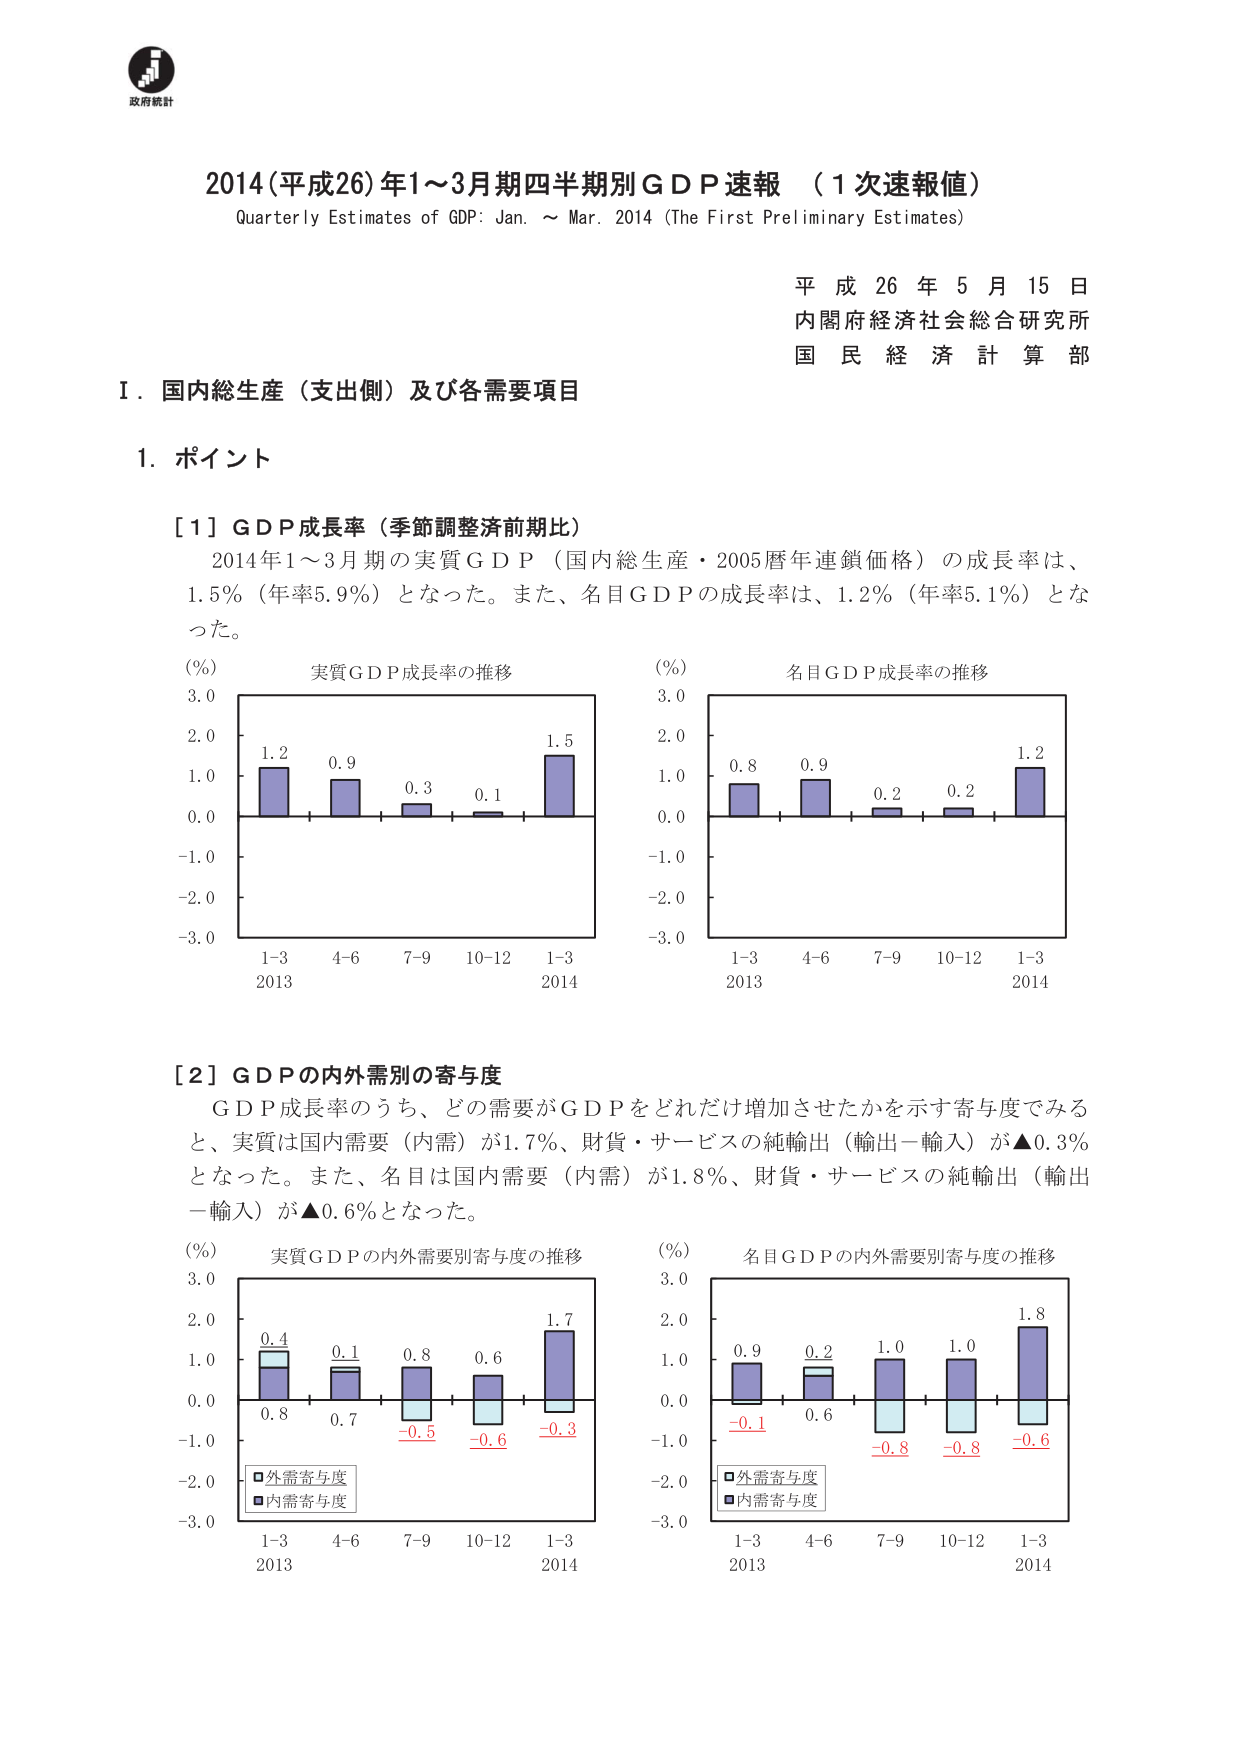
政府統計

2014（平成26）年1～3月期四半期別GDP速報 （1次速報値）
Quarterly Estimates of GDP: Jan. ～ Mar. 2014 (The First Preliminary Estimates)

平成26年5月15日
内閣府経済社会総合研究所
国民経済計算部

Ⅰ．国内総生産（支出側）及び各需要項目

1．ポイント

[1] GDP成長率（季節調整済前期比）
2014年1～3月期の実質GDP（国内総生産・2005暦年連鎖価格）の成長率は、
1.5％（年率5.9％）となった。また、名目GDPの成長率は、1.2％（年率5.1％）とな
った。

（％）
実質GDP成長率の推移
3.0
2.0
1.0
0.0
-1.0
-2.0
-3.0
1.2
0.9
0.3
0.1
1.5
1-3
4-6
7-9
10-12
1-3
2013
2014

（％）
名目GDP成長率の推移
3.0
2.0
1.0
0.0
-1.0
-2.0
-3.0
0.8
0.9
0.2
0.2
1.2
1-3
4-6
7-9
10-12
1-3
2013
2014

[2] GDPの内外需要別の寄与度
GDP成長率のうち、どの需要がGDPをどれだけ増加させたかを示す寄与度でみる
と、実質は国内需要（内需）が1.7％、財貨・サービスの純輸出（輸出－輸入）が▲0.3％
となった。また、名目は国内需要（内需）が1.8％、財貨・サービスの純輸出（輸出
－輸入）が▲0.6％となった。

（％）
実質GDPの内外需要別寄与度の推移
3.0
2.0
1.0
0.0
-1.0
-2.0
-3.0
0.4
0.1
0.8
0.6
1.7
0.8
0.7
-0.5
-0.6
-0.3
1-3
4-6
7-9
10-12
1-3
2013
2014
■外需寄与度
■内需寄与度

（％）
名目GDPの内外需要別寄与度の推移
3.0
2.0
1.0
0.0
-1.0
-2.0
-3.0
0.9
0.2
1.0
1.0
1.8
-0.1
0.6
-0.8
-0.8
-0.6
1-3
4-6
7-9
10-12
1-3
2013
2014
■外需寄与度
■内需寄与度